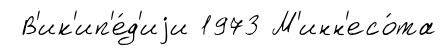
В'ик'ип'е́д'иjи 1973 М'инн'есо́та